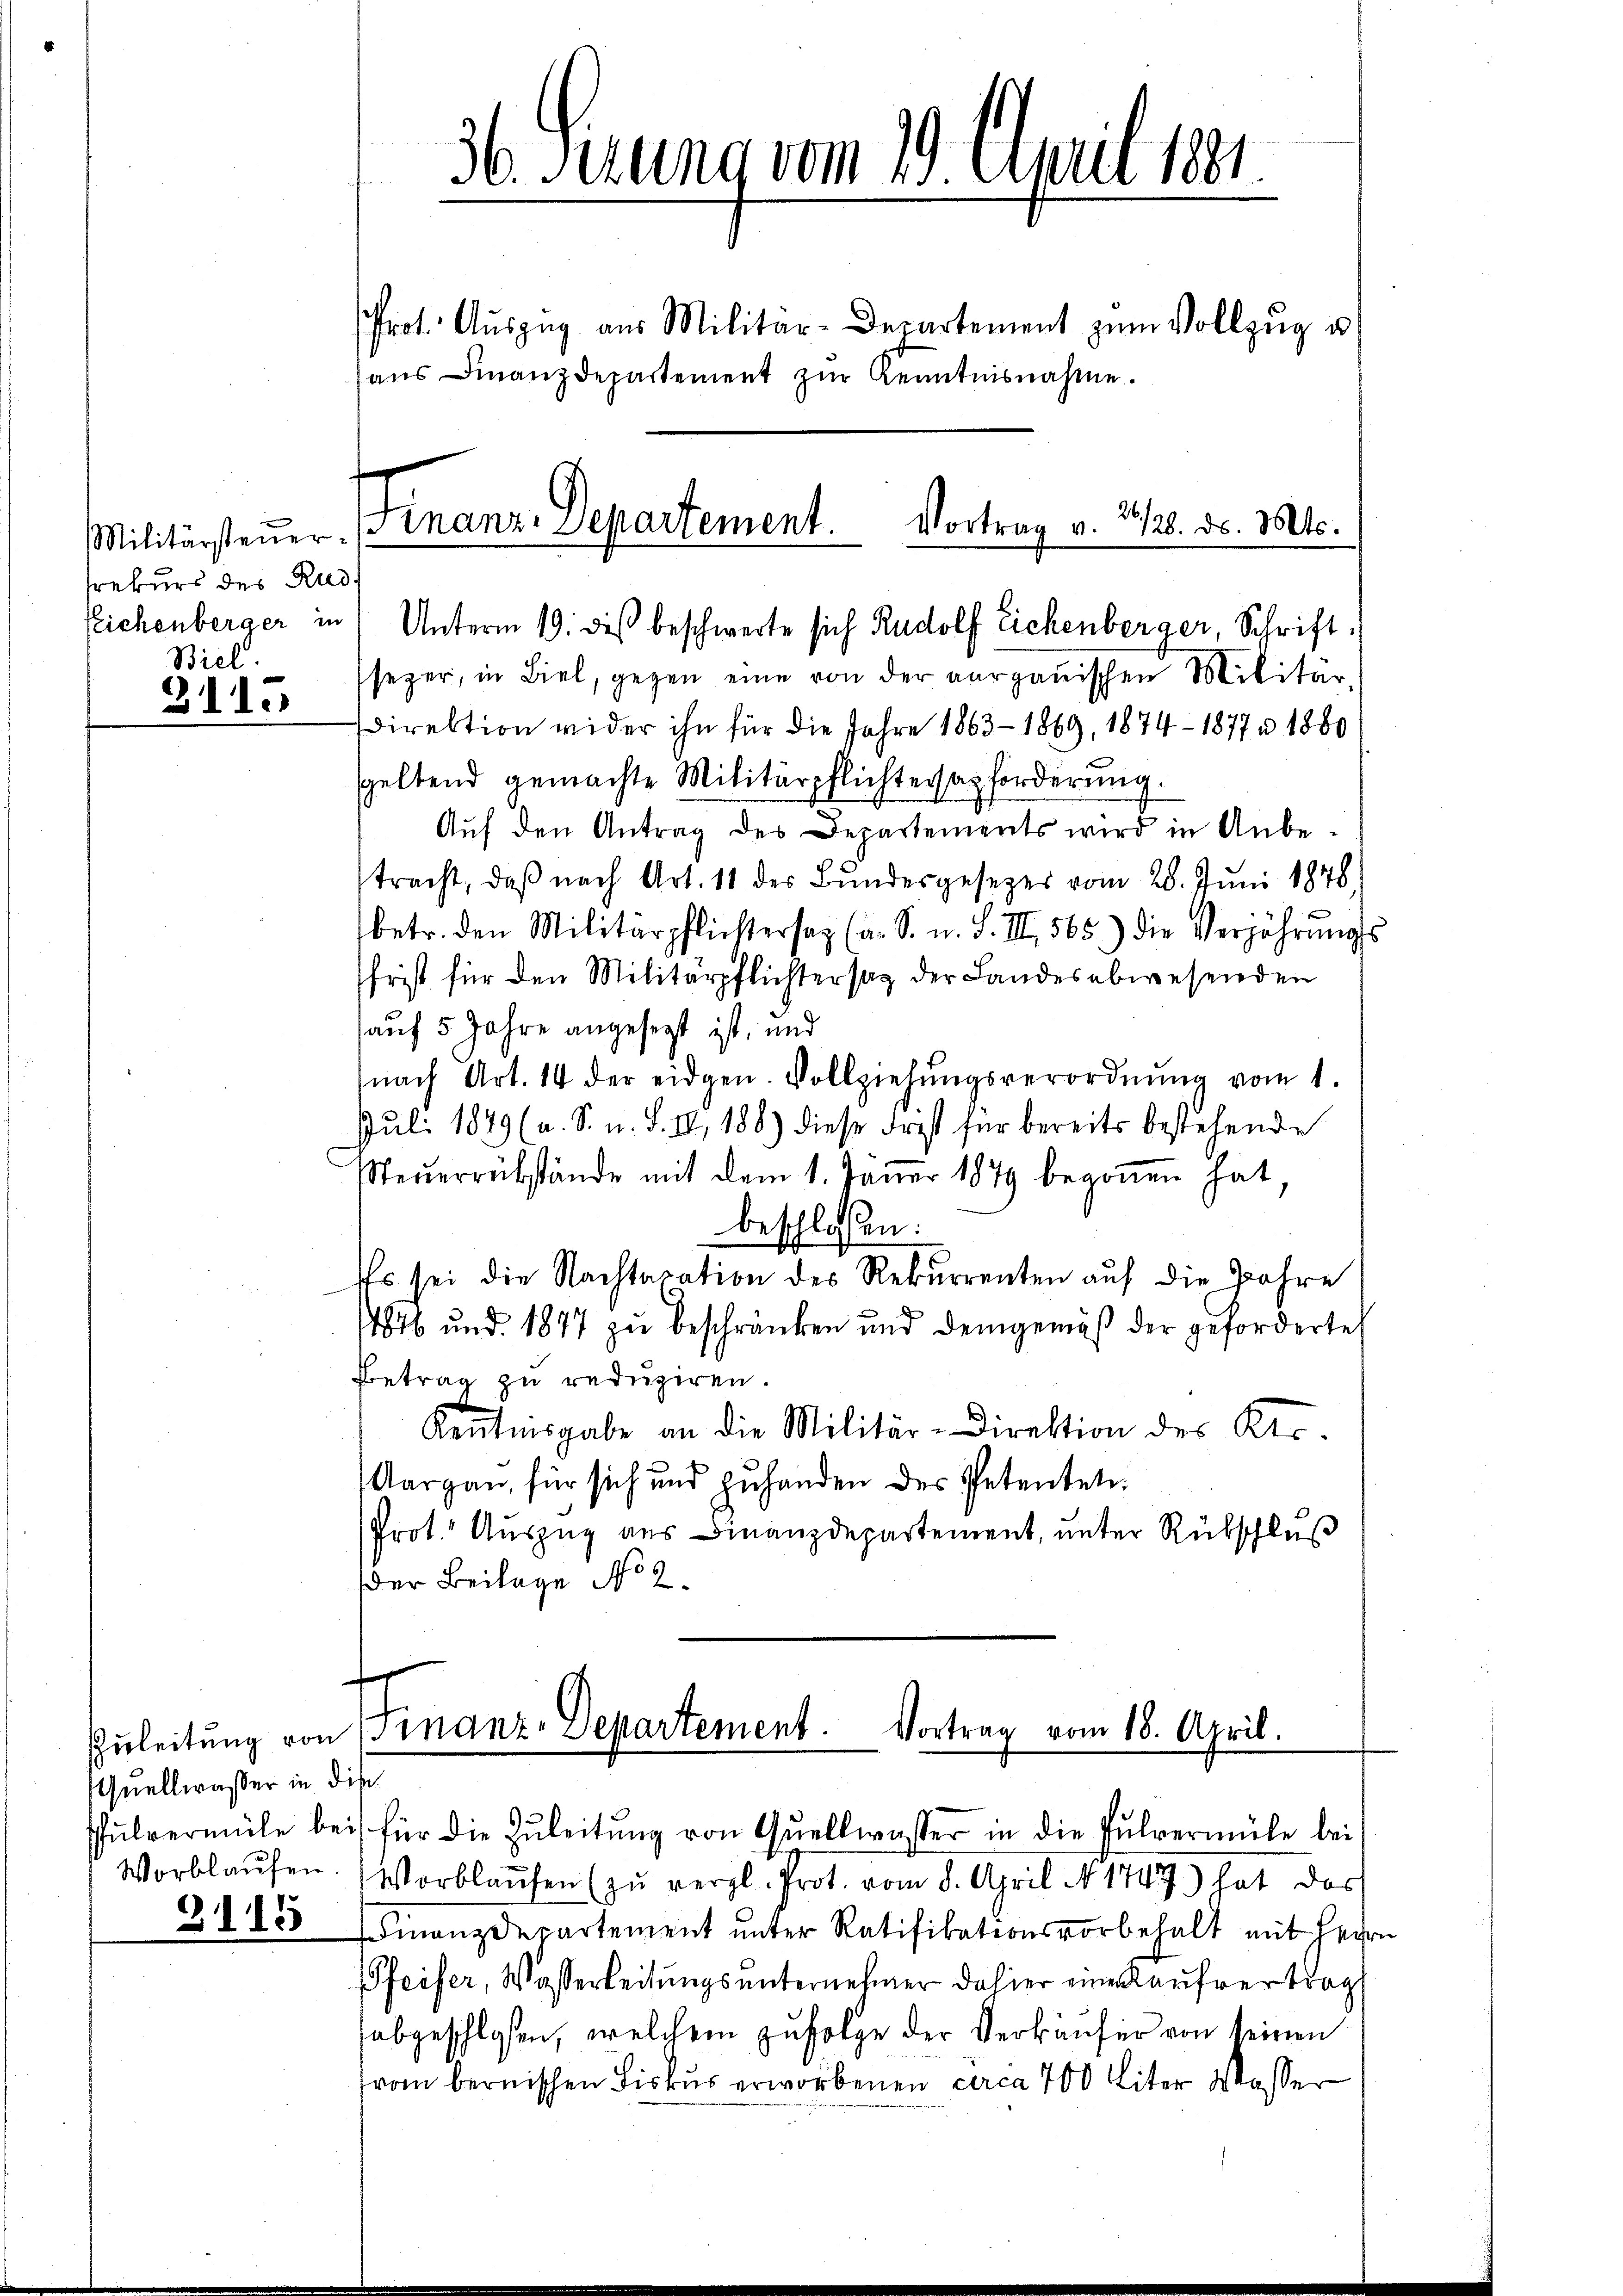
Militärsteŭer-
rekurs des Rud
feichenberger in
Biel.

2115

Quellwasser in die
Worblaufen.
3113

36. Ferung vom 20. April 1881.

Prot. Aŭszŭg aŭs Militar-Departement zŭm Vollzŭg u.
seper, in Biel, gegen eine von der aargauischen Militär
Direktion wider ihn für die Jahre 1863–1869, 1874 - 1877 n 1880
speltend gemachte Militärpflichtessazforderung.
Aŭf den Antrag des Departements wird in Anbe-
tracht, daß nach Art. 11 des Bundesgesezes vom 28. Juni 1848)
betr. den Militärpflichtersag (a. S. u. S. III 565.) die Verjährungs
frist für den Militärpflichter sag der Landesabwesenden
auf 5 Jahre angesezt ist, und
nach Art. 14 der eidgen. Vollziehŭngsverordnŭng vom 1.
Juli 1849 (a. S. u. S. II, 186) diese Frist für bereits bestehende
Steŭerrükstände mit dem 1. Janer 1879 begoṅen hat,
beschlossen:
Es sei die Nachtaxation des Rekurrenten auf die Jahre
1846 und 1877 zu beschränken und demgemäß der geforderte
Betrag zu reduziren.
Kenntnisgabe an die Militär-Direktion des Kts.
Aargau, für sich und zuhanden des Petentati¬
Prot. Auszug aus Finanzdepartement, unter Rükschluß
der Beilage No 2.

aŭs Finanzdepartement zŭr Kenntnisnahme.

26
Finanz-Departement.
Vortrag v. 128. ds. Mts.
Unterm 19. dieß beschwerte sich Rudolf Eichenberger, Schrift¬

Vortrag vom 18. April.
Zuleitung von Finanz-Departement.
Pulvermile bei für die Zŭleitŭng von Quellwasser in die Pulvermüle bei

Vorblaŭfen (zŭ vergl. Prot. vom 8. April N 1747) hat das
Finanzdepartement unter Ratifikationsvorbehalt mit Herrn
Pfeifer, Wasserleitungsunternehmer dahier eine Kaufvertrag
abgeschlosen, welchem zufolge der Verkäufer von seinen
rom bernischen Fiskus erworbenen circa 700 Liter Wasser